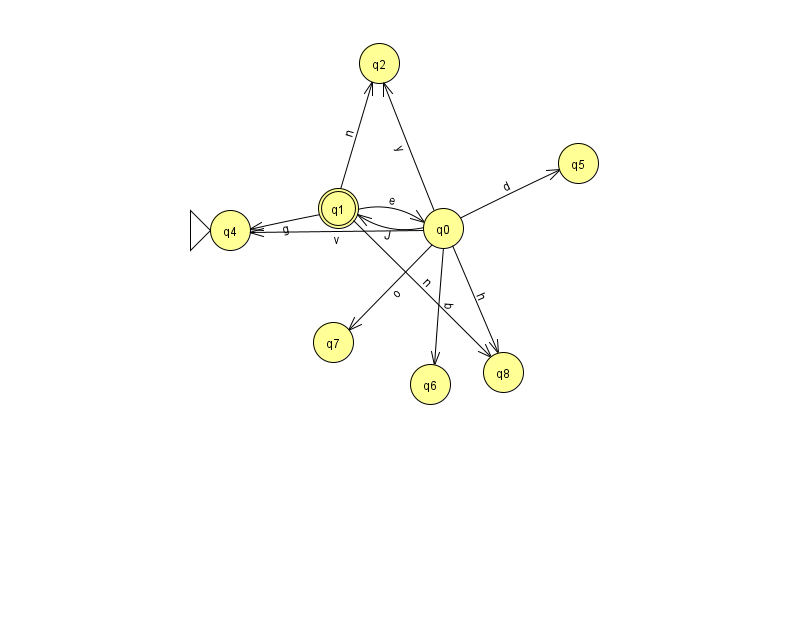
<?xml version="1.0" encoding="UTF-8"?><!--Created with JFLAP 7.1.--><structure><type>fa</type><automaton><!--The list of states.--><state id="0" name="q0"><x>443.0</x><y>215.0</y></state><state id="1" name="q1"><x>338.0</x><y>195.0</y><final/></state><state id="2" name="q2"><x>379.0</x><y>50.0</y></state><state id="4" name="q4"><x>230.0</x><y>217.0</y><initial/></state><state id="5" name="q5"><x>578.0</x><y>150.0</y></state><state id="6" name="q6"><x>430.0</x><y>371.0</y></state><state id="7" name="q7"><x>333.0</x><y>329.0</y></state><state id="8" name="q8"><x>503.0</x><y>359.0</y></state><!--The list of transitions.--><transition><from>1</from><to>2</to><read>n</read></transition><transition><from>0</from><to>7</to><read>o</read></transition><transition><from>0</from><to>5</to><read>d</read></transition><transition><from>0</from><to>2</to><read>y</read></transition><transition><from>0</from><to>6</to><read>q</read></transition><transition><from>1</from><to>0</to><read>e</read></transition><transition><from>0</from><to>1</to><read>J</read></transition><transition><from>1</from><to>8</to><read>n</read></transition><transition><from>0</from><to>8</to><read>h</read></transition><transition><from>1</from><to>4</to><read>g</read></transition><transition><from>0</from><to>4</to><read>v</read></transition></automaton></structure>